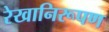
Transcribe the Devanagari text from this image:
रेखानिरूपण